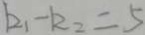
k _ { 1 } - k _ { 2 } = 5